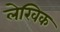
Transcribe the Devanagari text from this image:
लेखिक